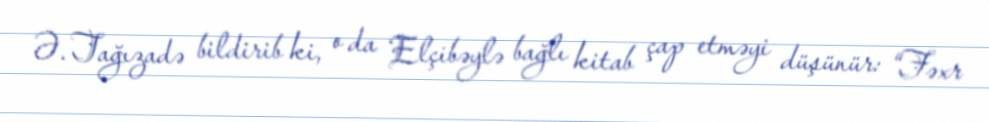
Ə. Tağızadə bildirib ki, o da Elçibəylə bağlı kitab çap etməyi düşünür: “Fəxr